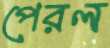
পেরল